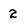
Character: 2